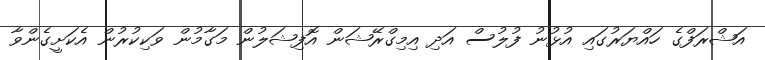
އަޝްރަފްގެ ހައްޔަރުގައި އުޅުނު ފުލުސް އަދި އިމިގްރޭޝަން އޮފިޝަލުން މަގާމުން ވަކިކުރުން އެކަށީގެންވާ